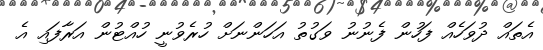
އެތައް ދުވަހެއް ފަހުން ފެނުނު ވަގުތު އަހަންނަށް ހުރެވުނީ ހުއްޓުން އަރާފައި އެ